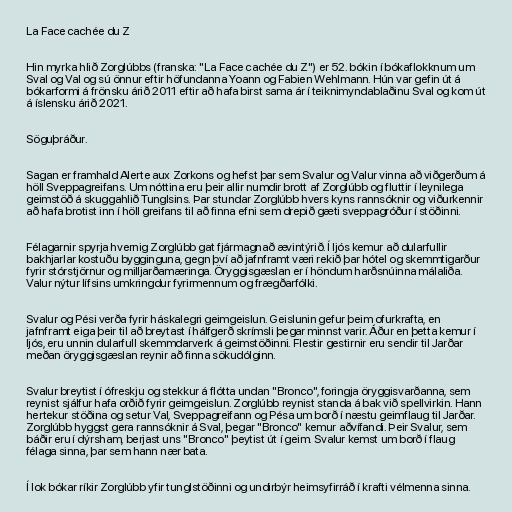
La Face cachée du Z

Hin myrka hlið Zorglúbbs (franska: "La Face cachée du Z") er 52. bókin í bókaflokknum um
Sval og Val og sú önnur eftir höfundanna Yoann og Fabien Wehlmann. Hún var gefin út á
bókarformi á frönsku árið 2011 eftir að hafa birst sama ár í teiknimyndablaðinu Sval og kom út
á íslensku árið 2021.

Söguþráður.

Sagan er framhald Alerte aux Zorkons og hefst þar sem Svalur og Valur vinna að viðgerðum á
höll Sveppagreifans. Um nóttina eru þeir allir numdir brott af Zorglúbb og fluttir í leynilega
geimstöð á skuggahlið Tunglsins. Þar stundar Zorglúbb hvers kyns rannsóknir og viðurkennir
að hafa brotist inn í höll greifans til að finna efni sem drepið gæti sveppagróður í stöðinni.

Félagarnir spyrja hvernig Zorglúbb gat fjármagnað ævintýrið. Í ljós kemur að dularfullir
bakhjarlar kostuðu bygginguna, gegn því að jafnframt væri rekið þar hótel og skemmtigarður
fyrir stórstjörnur og milljarðamæringa. Öryggisgæslan er í höndum harðsnúinna málaliða.
Valur nýtur lífsins umkringdur fyrirmennum og frægðarfólki.

Svalur og Pési verða fyrir háskalegri geimgeislun. Geislunin gefur þeim ofurkrafta, en
jafnframt eiga þeir til að breytast í hálfgerð skrímsli þegar minnst varir. Áður en þetta kemur í
ljós, eru unnin dularfull skemmdarverk á geimstöðinni. Flestir gestirnir eru sendir til Jarðar
meðan öryggisgæslan reynir að finna sökudólginn.

Svalur breytist í ófreskju og stekkur á flótta undan "Bronco", foringja öryggisvarðanna, sem
reynist sjálfur hafa orðið fyrir geimgeislun. Zorglúbb reynist standa á bak við spellvirkin. Hann
hertekur stöðina og setur Val, Sveppagreifann og Pésa um borð í næstu geimflaug til Jarðar.
Zorglúbb hyggst gera rannsóknir á Sval, þegar "Bronco" kemur aðvífandi. Þeir Svalur, sem
báðir eru í dýrsham, berjast uns "Bronco" þeytist út í geim. Svalur kemst um borð í flaug
félaga sinna, þar sem hann nær bata.

Í lok bókar ríkir Zorglúbb yfir tunglstöðinni og undirbýr heimsyfirráð í krafti vélmenna sinna.